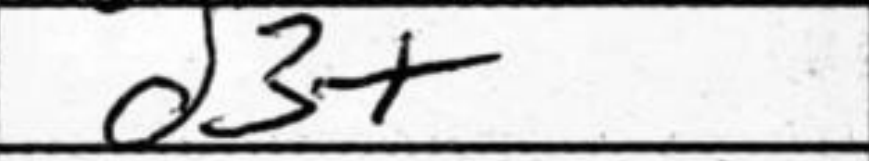
Transcription: d3+